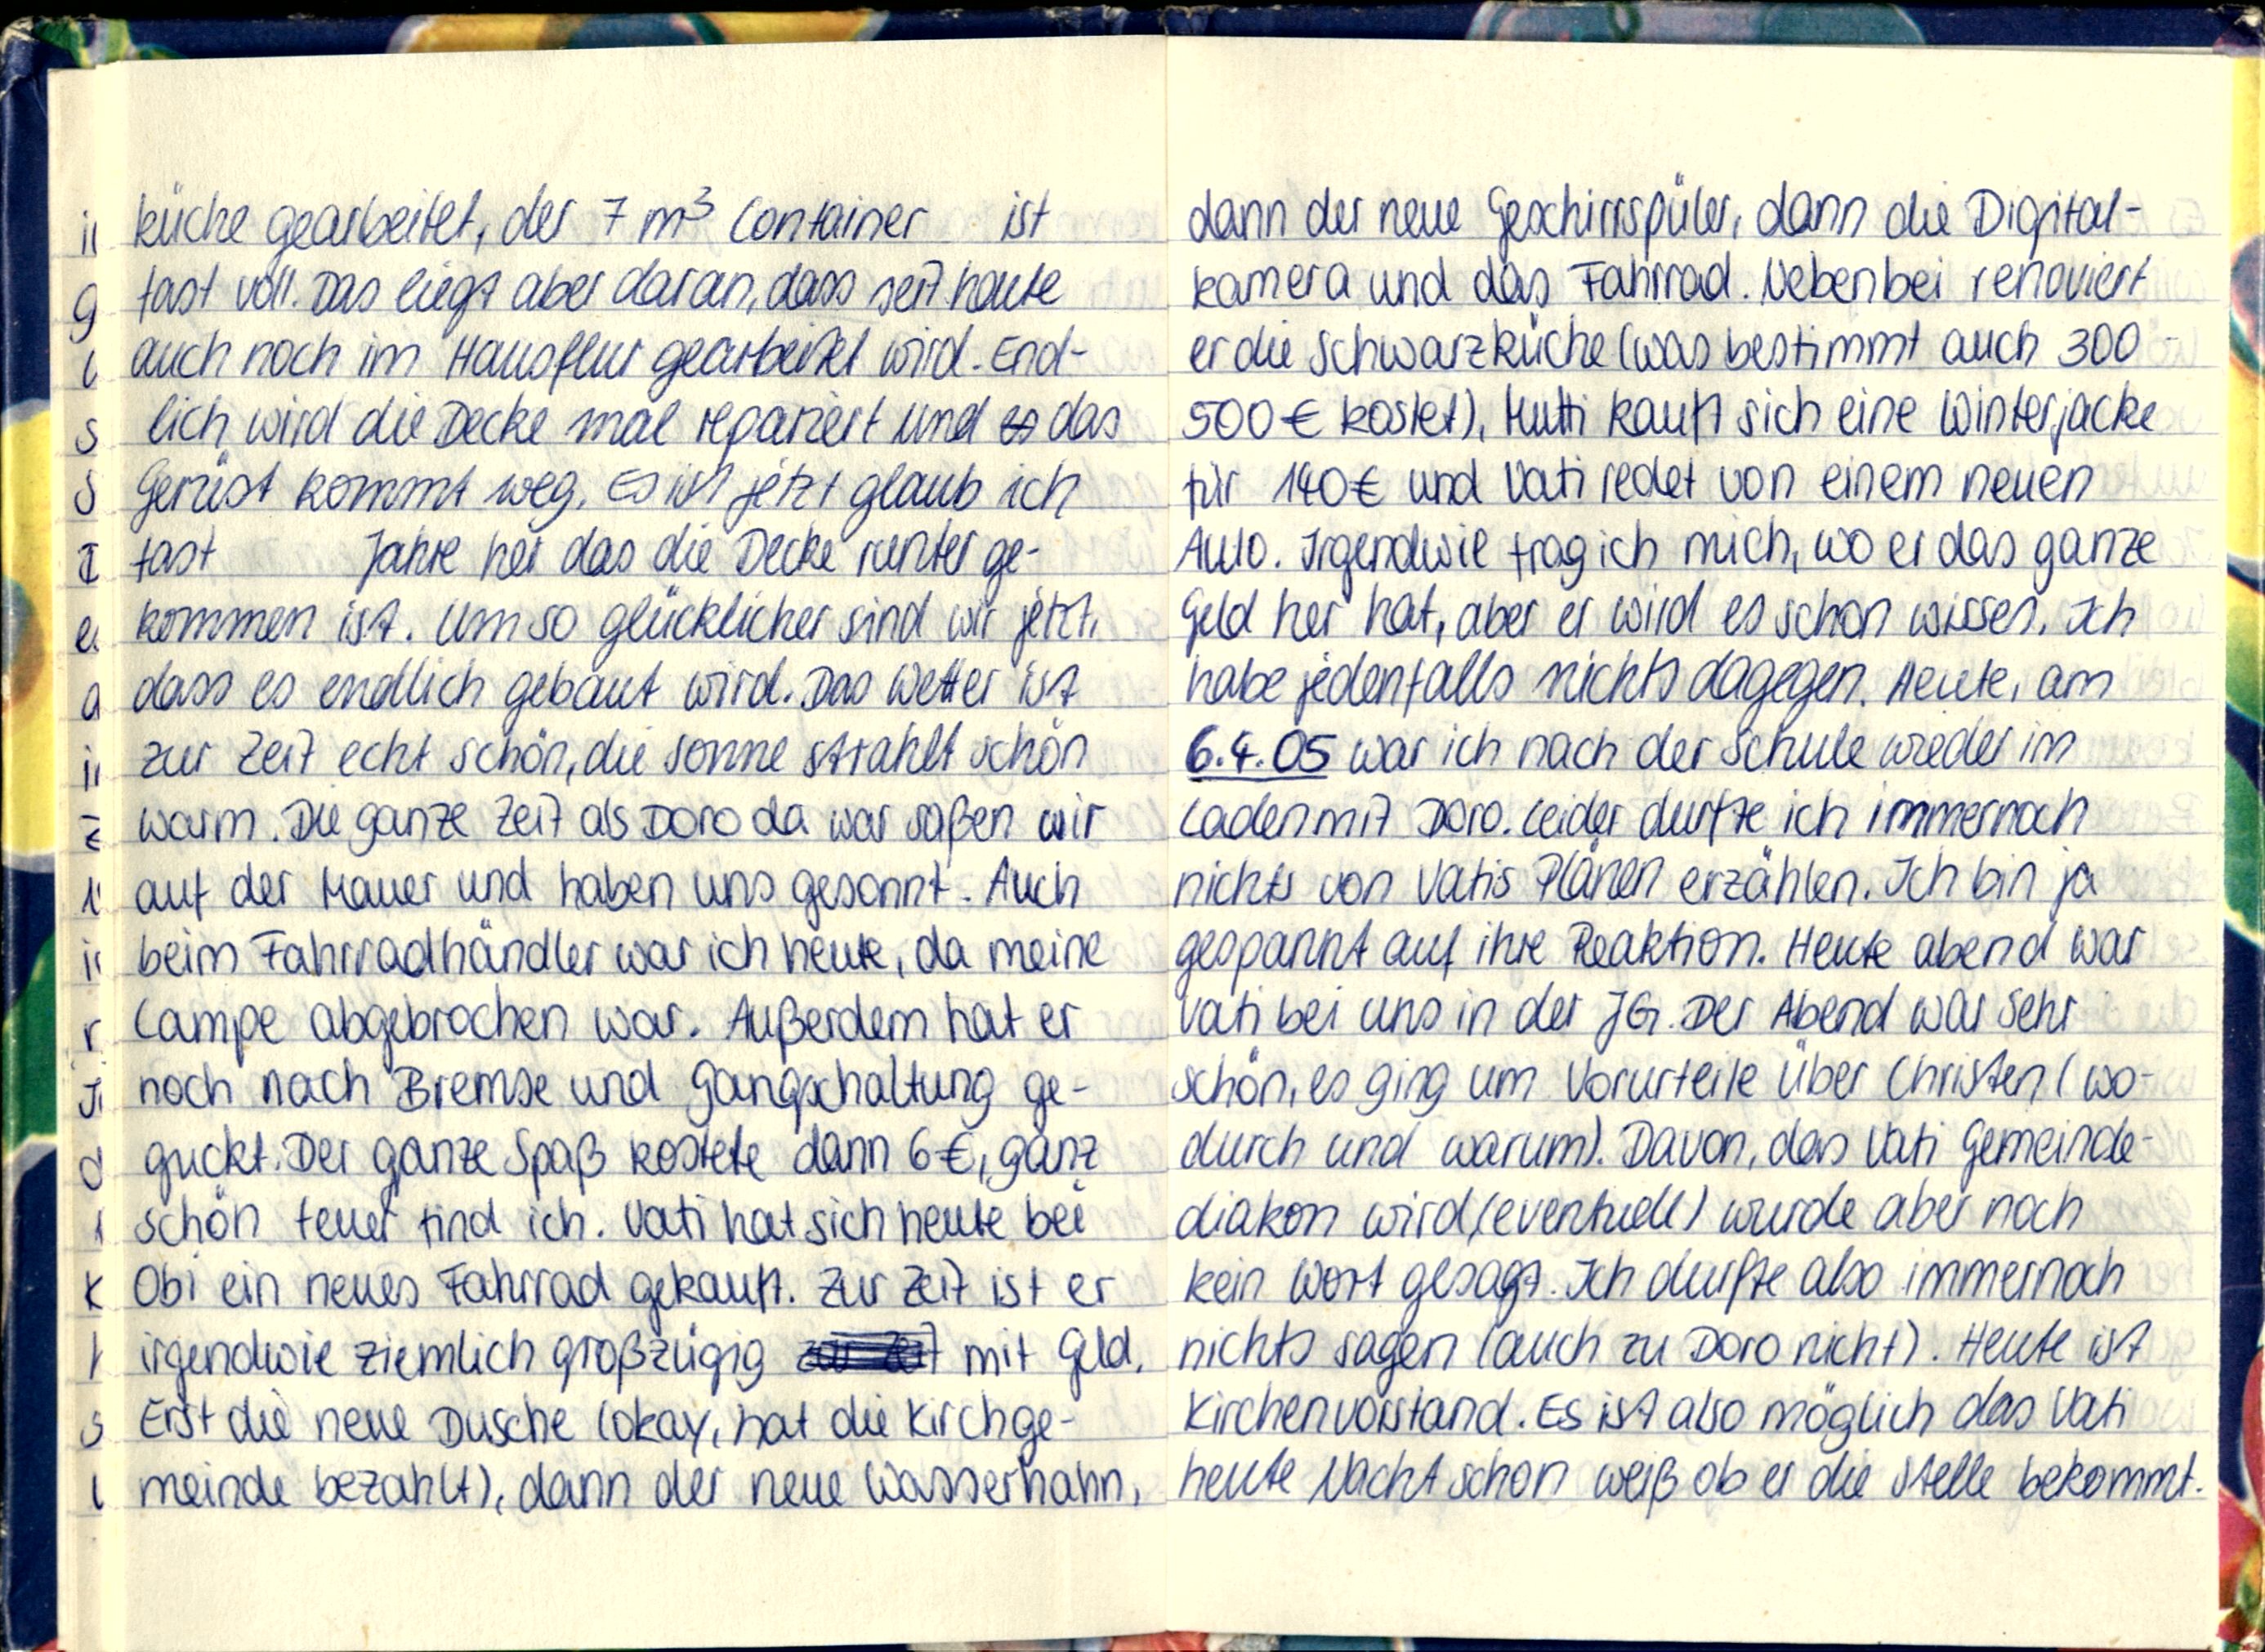
küche gearbeitet, der 7 m³ Container ist
fast voll. Das liegt aber daran, dass seit heute
auch noch im Hausflur gearbeitet wird. End-
lich wird die Decke mal repariert und das
Gerüst kommt weg. Es ist jetzt glaub ich
fast Jahre her das die Decke runter ge-
kommen ist. Um so glücklicher sind wir jetzt,
dass es endlich gebaut wird. Das Wetter ist
zur Zeit echt schön, die Sonne strahlt schön
warm. Die ganze Zeit als Doro da war saßen wir
auf der Mauer und haben uns gesonnt. Auch
beim Fahrradhändler war ich heute, da meine
Lampe abgebrochen war. Außerdem hat er
noch nach Bremse und Gangschaltung ge-
guckt. Der ganze Spaß kostete dann 6€, ganz
schon teuer find ich. Vati hat sich heute bei
Obi ein neues Fahrrad gekauft. Zur Zeit ist er
irgendwie ziemlich großzügig mit Geld
Erst die neue Dusche (okay, hat die Kirchge-
meinde bezahlt), dann der neue Wasserhahn,

dann der neue Geschirrspüler, dann die Digital-
kamera und das Fahrrad. Nebenbei renoviert
er die Schwarzküche (was bestimmt auch 300-
500€ kostet), Mutti kauft sich eine Winteracke
für 140€ und Vati redet von einem neuen
Auto. Irgendwie frag ich mich, wo er das ganze
Geld her hat, aber er wird es schon wissen. Ich
habe jedenfalls nichts dagegen. Heute, am
6.4.05 war ich nach der Schule wieder im
Laden mit Doro. Leider durfte ich immernoch
nichts von Vatis Plänen erzählen. Ich bin ja
gespannt auf ihre Reaktion. Heute abend war
Vati bei uns in der JG. Der Abend war sehr
schön, es ging um Vorurteile über Christen (wo-
durch und warum). Davon, das Vati Gemeinde-
diakon wird (eventuell) wurde aber noch
kein wort gesagt. Ich durfte also immernoch
nichts sagen (auch zu Doro nicht). Heute ist
Kirchenvorstand. Es ist also möglich das Vati
heute Nacht schon weiß ob er die Stelle bekommt.